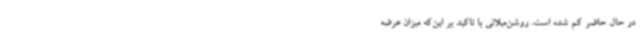
در حال حاضر کم شده است. روشن‌میلانی با تاکید بر این‌که میزان عرضه